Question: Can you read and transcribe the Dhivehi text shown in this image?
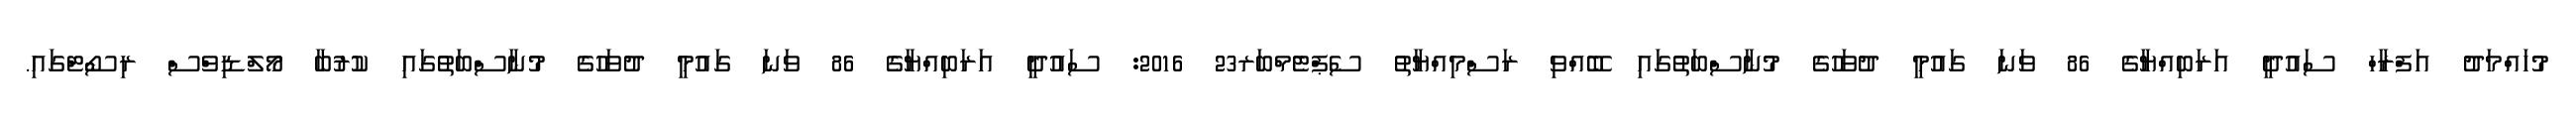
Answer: މުހައްމަދު އަފްރާހް ސައުދީ އަރަބިއްޔާގެ 86 ވަނަ ގައުމީ ދުވަހުގެ މުނާސްބަތުގައި ބޭއްވި ރަސްމިއްޔާތު ސެޕްޓެމްބަރ23 2016: ސައުދީ އަރަބިއްޔާގެ 86 ވަނަ ގައުމީ ދުވަހުގެ މުނާސްބަތުގައި ކުރުބާ މޯލްޑިވްސް ރިސޯޓްގައި.